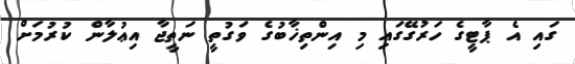
ގައި އެ ޕާޓީގެ ހަރުގޭގައި މި އިންތިޚާބުގެ ވަގުތީ ނަތީޖާ އިޢުލާން ކުރުމަށް